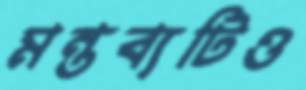
মন্তব্যটিও